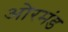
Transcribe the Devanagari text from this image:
ओरमंड